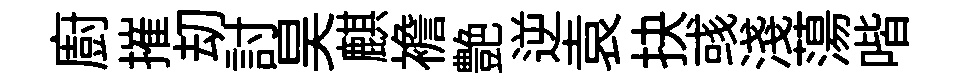
廚摧刧討昊麒襜艶逆袁抉彧淺蕩喈